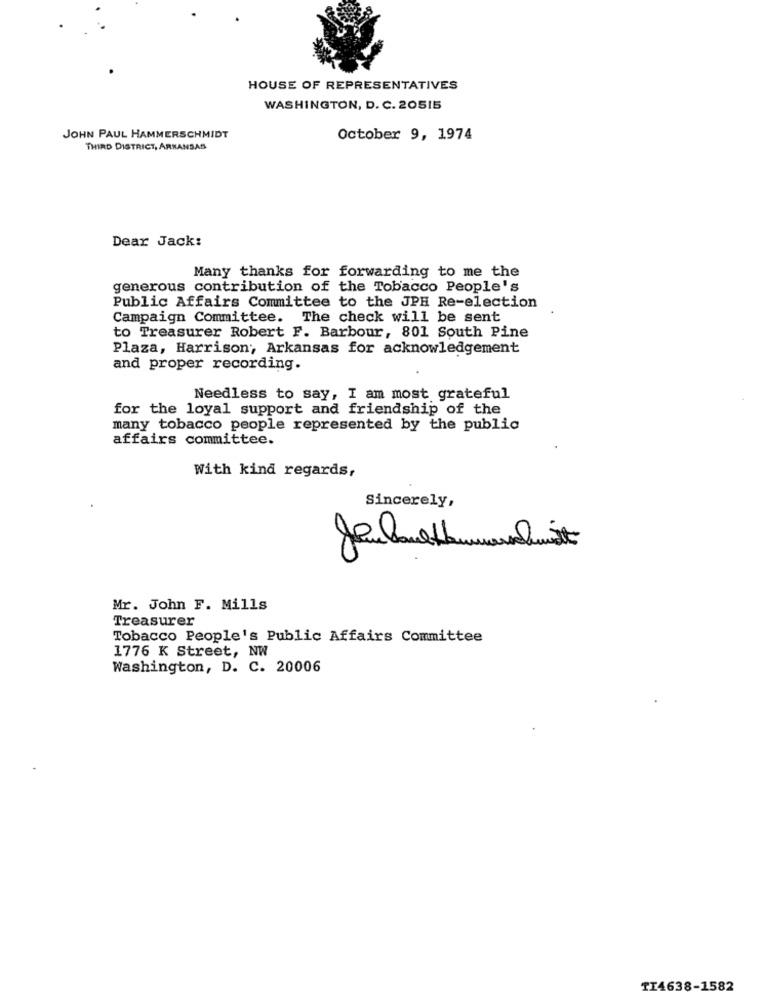
HOUSE OF REPRESENTATIVES
WASHINGTON, D. C. 20515
JOHN PAUL HAMMERSCHMIDT
October 9, 1974
THIRD DISTRICT, ARKANSAS
Dear Jack:
Many thanks for forwarding to me the
generous contribution of the Tobacco People's
Public Affairs Committee to the JPH Re-election
Campaign Committee. The check will be sent
to Treasurer Robert F. Barbour, 801 South Pine
Plaza, Harrison, Arkansas for acknowledgement
and proper recording.
Needless to say, I am most grateful
for the loyal support and friendship of the
many tobacco people represented by the public
affairs committee.
With kind regards,
Sincerely,
Mr. John F. Mills
Treasurer
Tobacco People's Public Affairs Committee
1776 K Street, NW
Washington, D. C. 20006
TI4638-1582